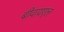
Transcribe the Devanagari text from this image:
बीवायएल